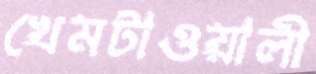
খেমটাওয়ালী